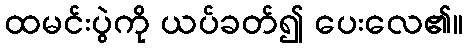
ထမင်းပွဲကို ယပ်ခတ်၍ ပေးလေ၏။